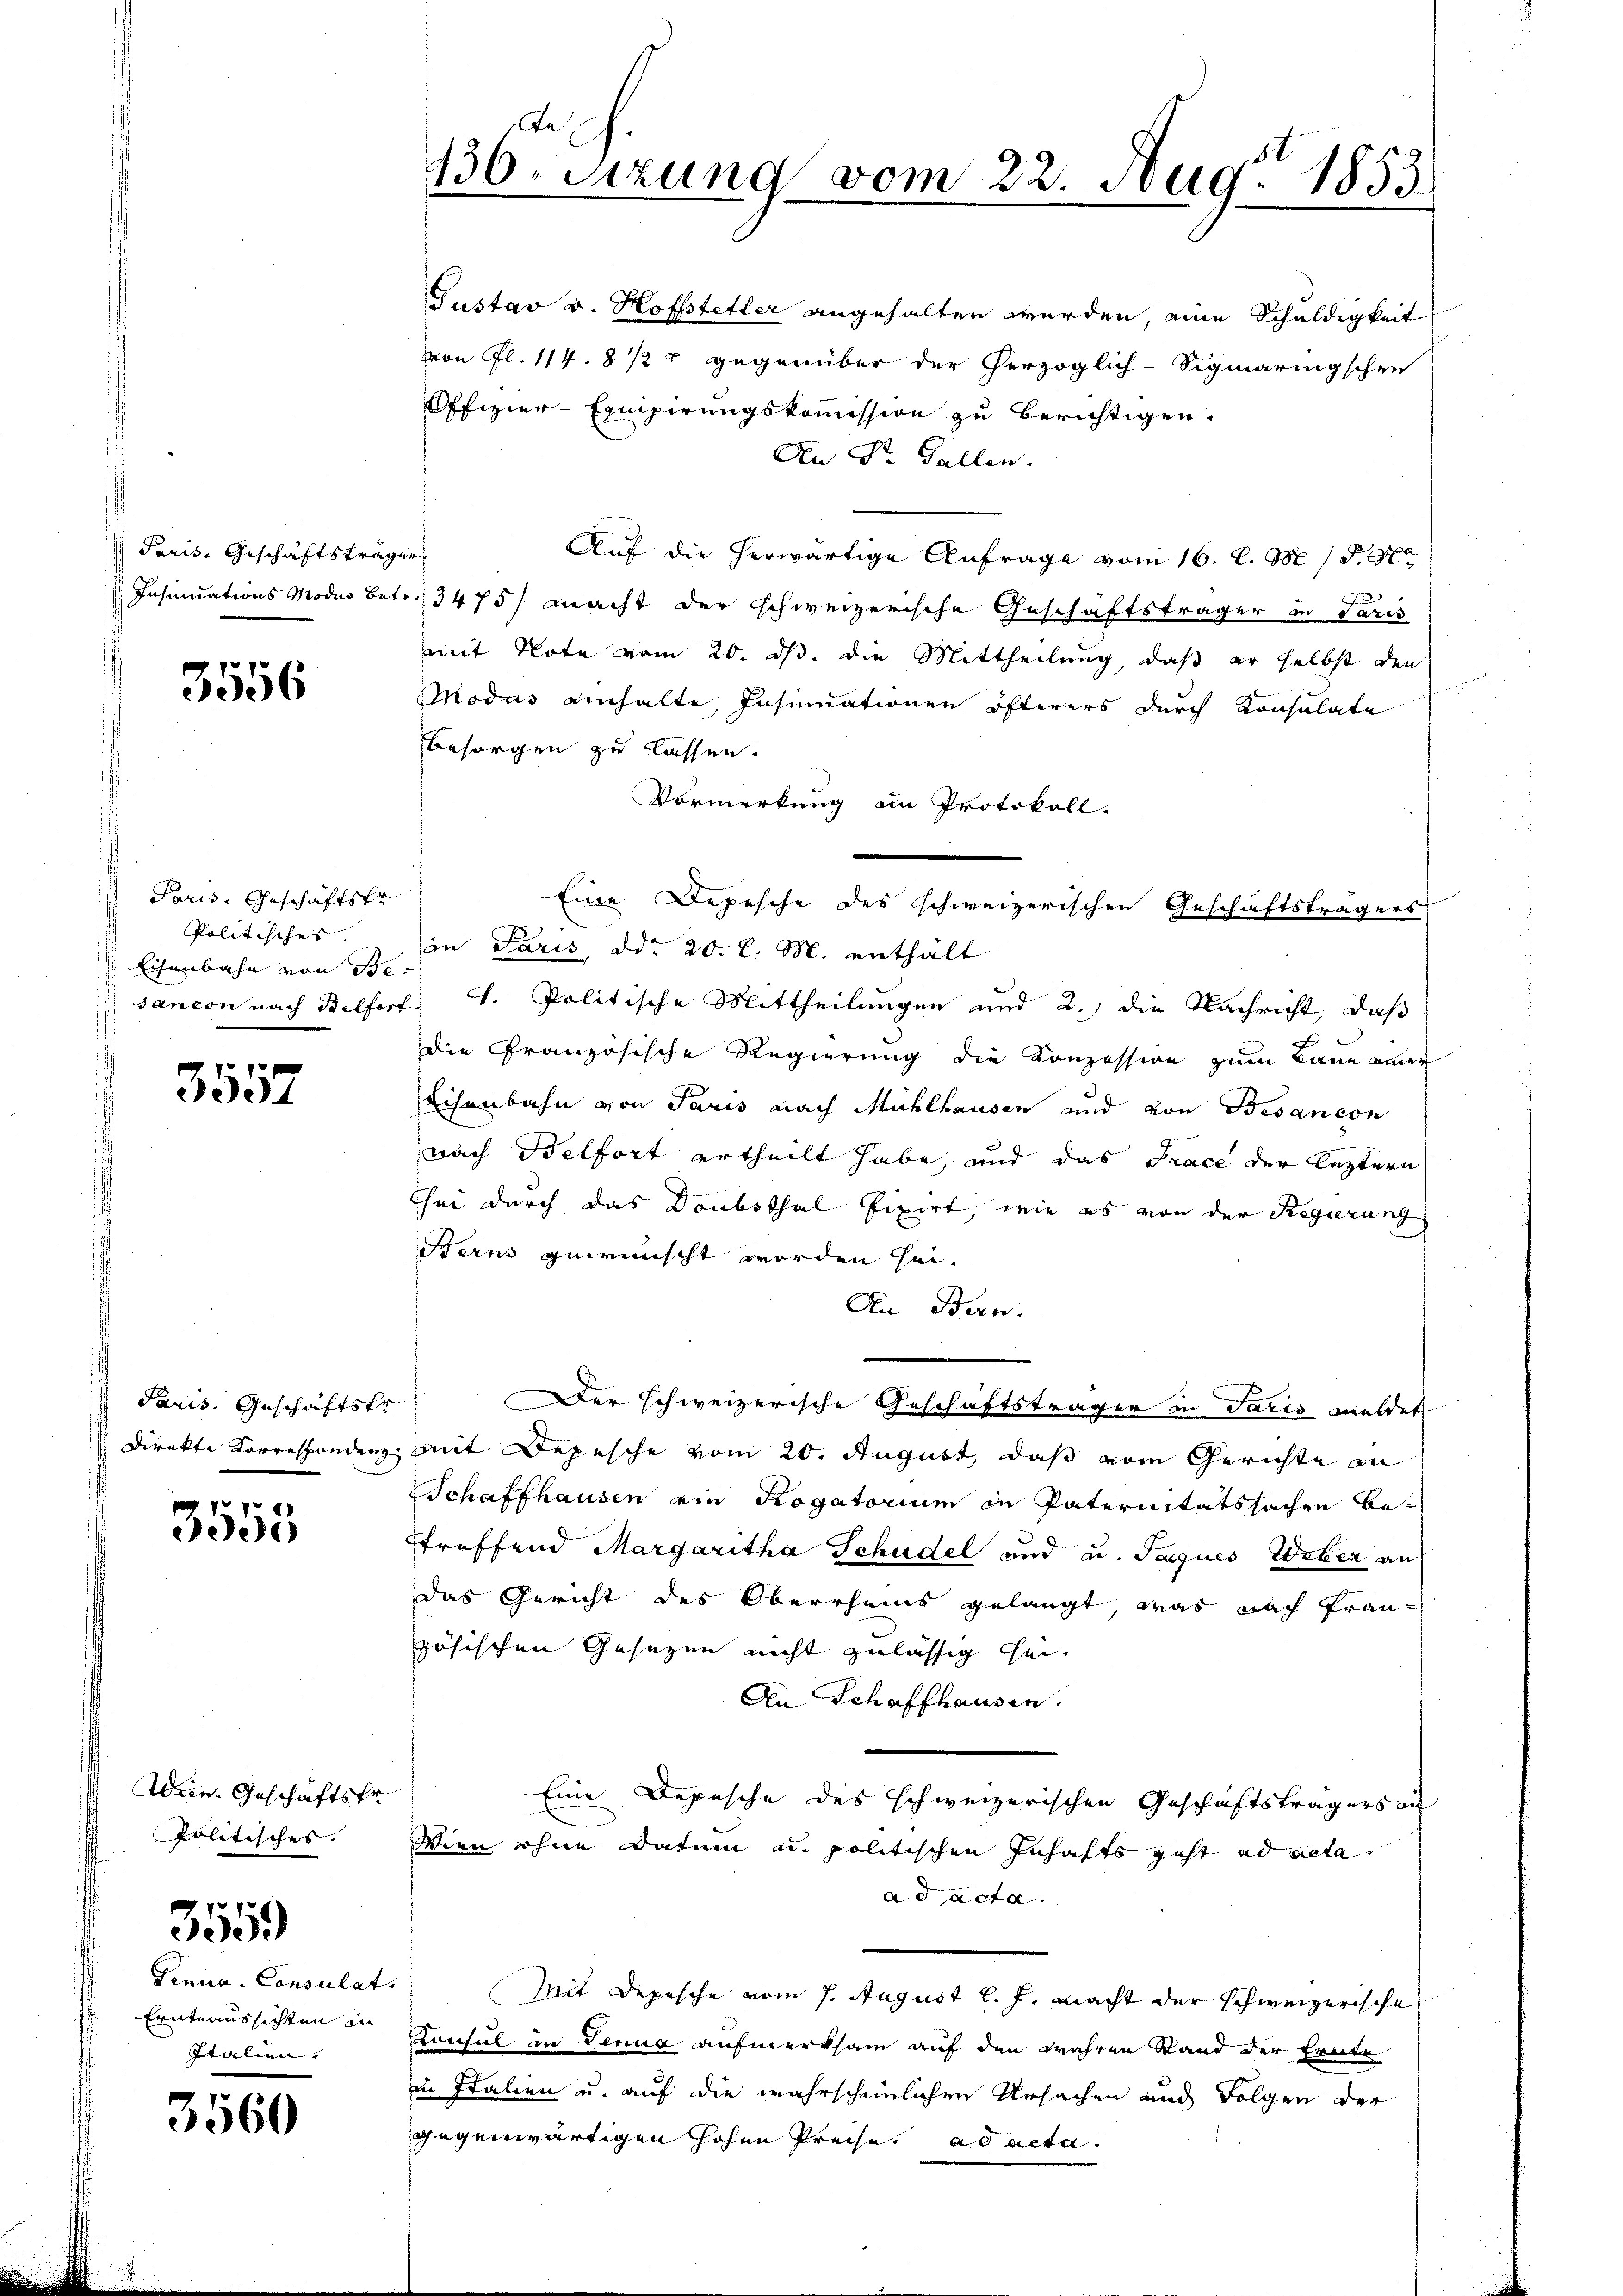
Paris, Geschäftsträger

3556

Paris, Geschäftstr
Politisches.
 Eisenbahn von Be-

3557

Paris, Geschäftsfr

3555

Wein Geschäftsfr
Politisches. |

3559

Genua-Consulat
Ernteaussichten in
Italien.

3560

da
136. Setzung vom 22. Aug. 1853

von fl. 114. 8727 gegenüber der herzoglich-Sigmaringschen
Offizier-Equipirungskommission zu berichtigen.
An Dr. Gallen.
Auf die herwärtige Anfrage vom 16. l. M. 18. St.
J
Insinuations Modus betr. 3475) macht der schweizerische Geschäftsträger in Paris
mit Note vom 20. ds. die Mittheilung, daß er selbst den
MModus einhalte, Insinuationen öfterers durch Konsulate
Besorgen zu lassen.
Vormerkung in Protokoll.
in Paris, ddo 20. l. M. enthält
sancon nach Belfort: 1. Politische Mittheilungen und 2., die Nachricht, daß
die Französische Regierung die Konzession zum Baue eines
Eisenbahn von Paris nach Mühlhausen und von Besancon
nach Belfort ertheilt habe, und das Trace der leztern
hei durch das Doubsthal fixirt, wie es von der Regierung
Sterns gewünscht worden sei.
An Bern.
Der schweizerische Geschäftstragen in Paris meldet
Direkte Korrespondenz mit Depesche vom 20. August, daß vom Gerichte an
Schaffhausen ein Rogatorium in Paternitätssachen bestreffend Margaritha Schudel und u. Jaques Weber an
das Gericht des Oberrheins gelangt, was nach Französischen Gesezen nicht zulässig sei.
An Schaffhausen.
Eine Depesche des schweizerischen Geschäftsträgers in
Wien ohne Datum u. politischen Inhafts geht ad acta
ad acta.
Mit Depesche vom 7. August l. J. macht der schweizerische
Konsul in Jenua aufmerksam auf den wahren Stand der Ernte
in Italien u. auf die wahrscheinlichen Ursachen und Folgen der
gegenwärtigen hohen Preise ad acta

Gustav v. Hoffsteller angehalten werden, eine Schuldigkeit

Eine Depesche des schweizerischen Geschäftsträgers